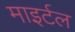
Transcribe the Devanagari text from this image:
माइर्टल